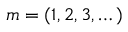
m = ( 1 , 2 , 3 , \dots )